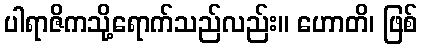
ပါရာဇိကသို့ရောက်သည်လည်း။ ဟောတိ၊ ဖြစ်